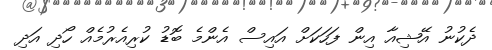
ދެކުނު އޭޝިއާ އިން ފަހަކަށް އައިސް އެންމެ ބޮޑު ކުރިއެރުމެއް ހޯދި އަދި